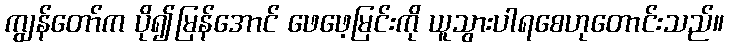
ကျွန်တော်က ပို၍မြန်အောင် ဖေဖေ့မြင်းကို ယူသွားပါရစေဟုတောင်းသည်။